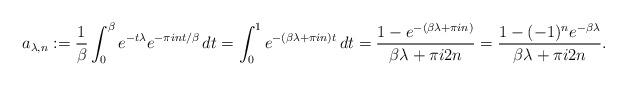
LaTeX: \begin{align*}a_{\lambda,n}&:= \frac{1}{\beta} \int_0^{\beta} e^{-t\lambda} e^{-\pi i n t/\beta}\, dt= \int_0^1 e^{-(\beta\lambda + \pi i n) t}\, dt= \frac{1 - e^{-(\beta\lambda + \pi i n)}}{\beta \lambda + \pi i 2n}= \frac{1 - (-1)^ne^{-\beta\lambda}}{\beta \lambda + \pi i 2n}. \end{align*}